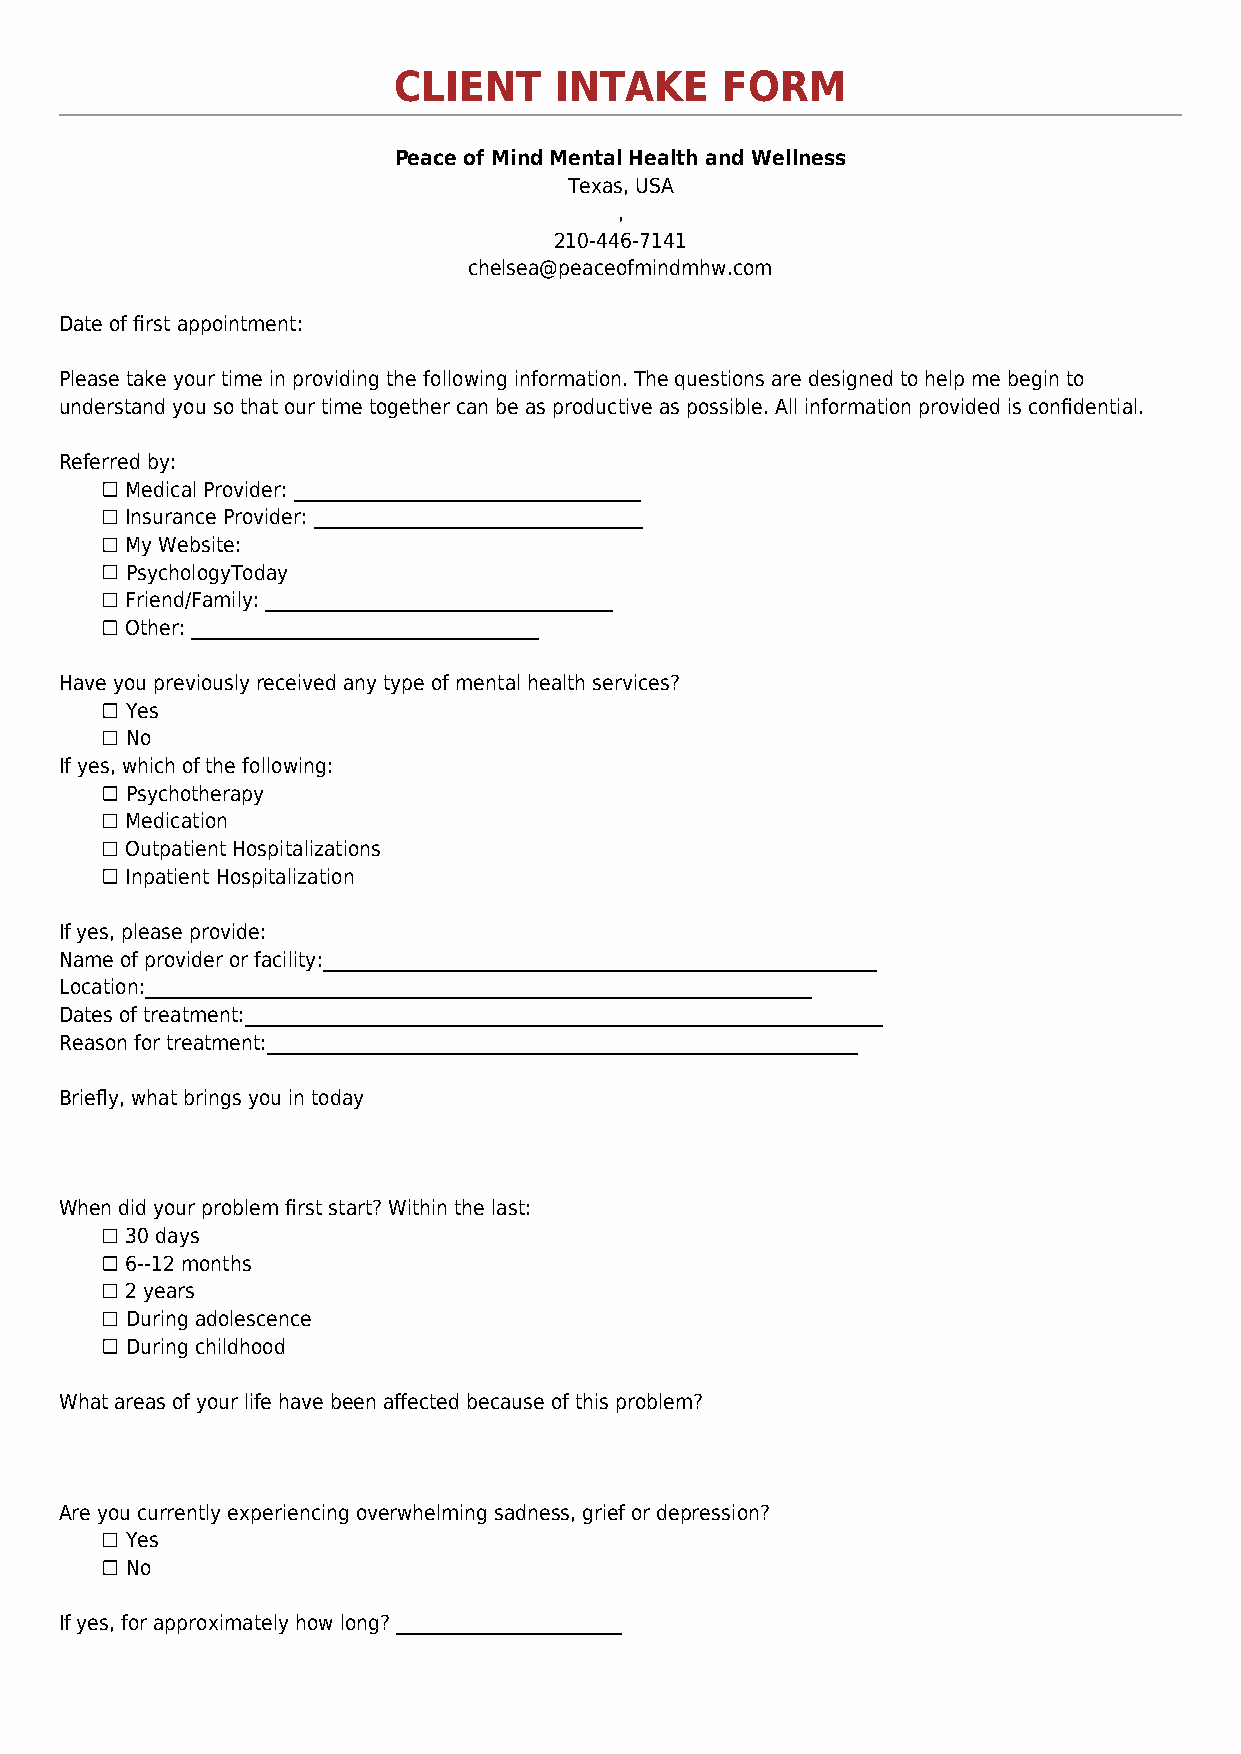
CLIENT     INTAKE     FORM
 Peace of Mind Mental Health and Wellness
 Texas, USA
 ,
 210-446-7141
 chelsea@peaceofmindmhw.com
 Date of first appointment:
 Please take your time in providing the following information. The questions are designed to help me begin to
 understand you so that our time together can be as productive as possible. All information provided is confidential.
 Referred by:
 Medical Provider: _____________________________________
 Insurance Provider: ___________________________________
 My Website:
 PsychologyToday
 Friend/Family: _____________________________________
 Other: _____________________________________
 Have you previously received any type of mental health services?
 Yes
 No
 If yes, which of the following:
 Psychotherapy
 Medication
 Outpatient Hospitalizations
 Inpatient Hospitalization
 If yes, please provide:
 Name of provider or facility:___________________________________________________________
 Location:_______________________________________________________________________
 Dates of treatment:____________________________________________________________________
 Reason for treatment:_______________________________________________________________
 Briefly, what brings you in today
 When did your problem first start? Within the last:
 30 days
 6--12 months
 2 years
 During adolescence
 During childhood
 What areas of your life have been affected because of this problem?
 Are you currently experiencing overwhelming sadness, grief or depression?
 Yes
 No
 If yes, for approximately how long? ________________________